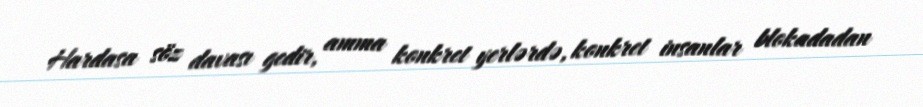
Hardasa söz davası gedir, amma konkret yerlərdə, konkret insanlar blokadadan